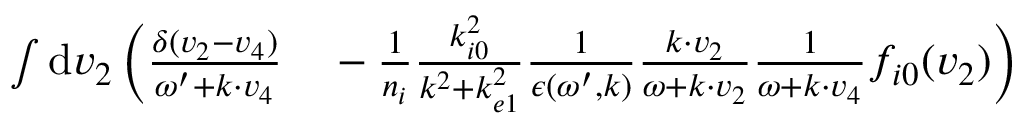
\begin{array} { r l } { \int \mathrm { d } \boldsymbol { v } _ { 2 } \, \biggl ( \frac { \delta ( \boldsymbol { v } _ { 2 } - \boldsymbol { v } _ { 4 } ) } { \omega ^ { \prime } + \boldsymbol { k } \cdot \boldsymbol { v } _ { 4 } } } & { { } - \frac { 1 } { n _ { i } } \frac { k _ { i 0 } ^ { 2 } } { k ^ { 2 } + k _ { e 1 } ^ { 2 } } \frac { 1 } { \epsilon ( \omega ^ { \prime } , \boldsymbol { k } ) } \frac { \boldsymbol { k \cdot v } _ { 2 } } { \omega + \boldsymbol { k \cdot v } _ { 2 } } \frac { 1 } { \omega + \boldsymbol { k \cdot v } _ { 4 } } f _ { i 0 } ( \boldsymbol { v } _ { 2 } ) \biggr ) } \end{array}